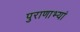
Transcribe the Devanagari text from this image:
पुराणाभ्यां